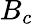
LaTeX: B_{c}